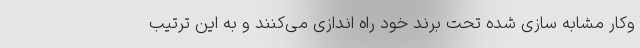
وکار مشابه سازی شده تحت برند خود راه اندازی می‌کنند و به این ترتیب